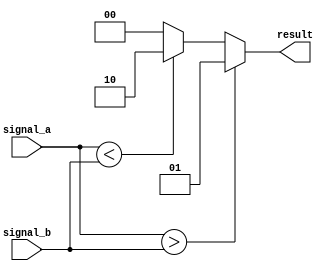
module Comparator (
    input wire [7:0] signal_a,
    input wire [7:0] signal_b,
    output wire [1:0] result
);

    reg [1:0] temp_result;

    always @* begin
        if (signal_a > signal_b) begin
            temp_result = 2'b01;     // signal_a is greater than signal_b
        end else if (signal_a < signal_b) begin
            temp_result = 2'b10;     // signal_a is less than signal_b
        end else begin
            temp_result = 2'b00;     // signal_a is equal to signal_b
        end
    end

    assign result = temp_result;

endmodule